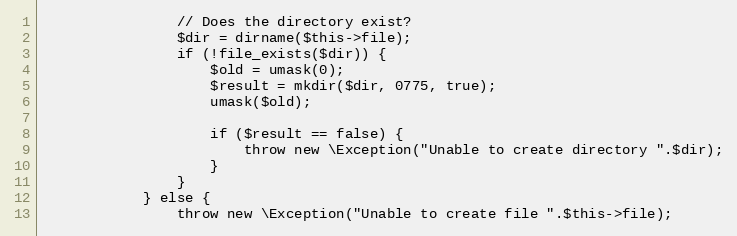
Language: PHP
				// Does the directory exist?
				$dir = dirname($this->file);
				if (!file_exists($dir)) {
					$old = umask(0);
					$result = mkdir($dir, 0775, true);
					umask($old);

					if ($result == false) {
						throw new \Exception("Unable to create directory ".$dir);
					}
				}
			} else {
				throw new \Exception("Unable to create file ".$this->file);